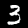
Label: 3